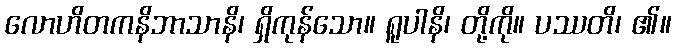
လောဟိတကနိဘာသာနိ၊ ရှိကုန်သော။ ရူပါနိ၊ တို့ကို။ ပဿတိ၊ ၏။